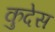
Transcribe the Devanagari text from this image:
कुदेस